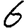
Digit: 6